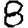
Digit: 8